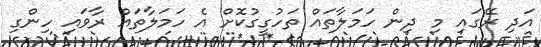
އަދި ރޭގައި މި ދިން ހަމަލާތައް ތަހުގީގުކޮށް އެ ހަމަލާތައް ރާވައި ހިންގި